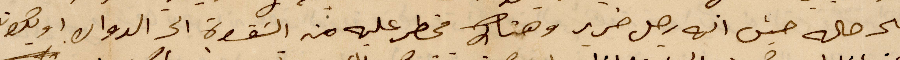
على حاله حيث انه رجل ضرير وهناك مخطر عليه من الشقوة الى الجوال او يكون